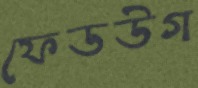
ফেডউগ